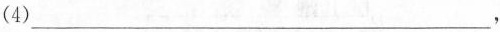
(4)___，